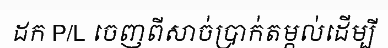
ដក P/L ចេញពីសាច់ប្រាក់តម្កល់ដើម្បី